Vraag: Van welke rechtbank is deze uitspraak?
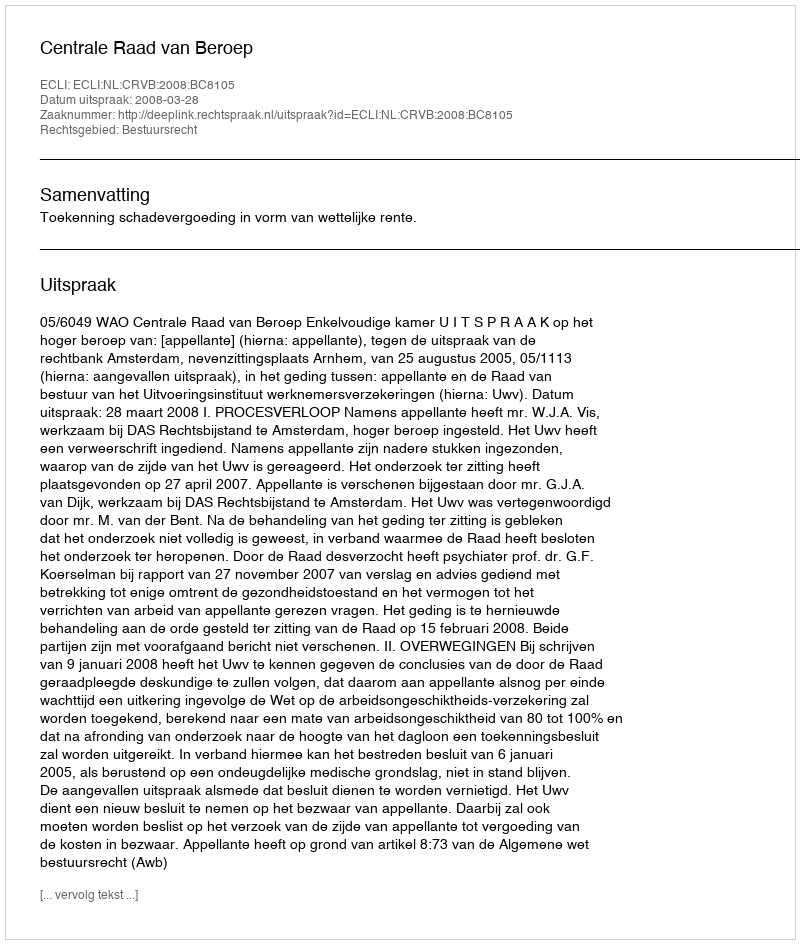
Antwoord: Centrale Raad van Beroep